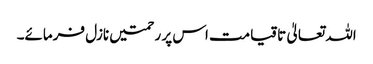
اللہ تعالیٰ تاقیامت اس پر رحمتیں نازل فرمائے۔